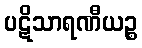
ပဋိသာရဏီယဉ္စ